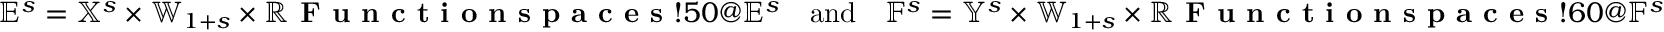
\mathbb { E } ^ { s } = \mathbb { X } ^ { s } \times \mathbb { W } _ { 1 + s } \times \mathbb { R } \index { \textbf { F u n c t i o n s p a c e s } ! 5 0 @ \mathbb { E } ^ { s } } \quad \mathrm { a n d } \quad \mathbb { F } ^ { s } = \mathbb { Y } ^ { s } \times \mathbb { W } _ { 1 + s } \times \mathbb { R } \index { \textbf { F u n c t i o n s p a c e s } ! 6 0 @ \mathbb { F } ^ { s } }